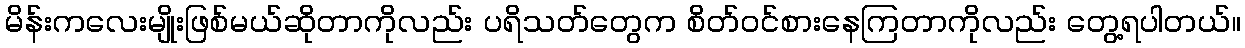
မိန်းကလေးမျိုးဖြစ်မယ်ဆိုတာကိုလည်း ပရိသတ်တွေက စိတ်ဝင်စားနေကြတာကိုလည်း တွေ့ရပါတယ်။